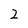
Character: 2